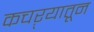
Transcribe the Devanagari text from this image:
कचऱ्यातून